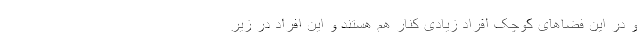
و در این فضاهای کوچک افراد زیادی کنار هم هستند و این افراد در زیر